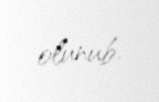
olunub.